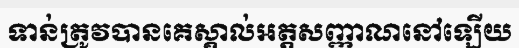
ទាន់ត្រូវបានគេស្គាល់អត្តសញ្ញាណនៅឡើយ